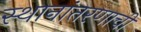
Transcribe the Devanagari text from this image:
स्थानांतरणाची